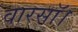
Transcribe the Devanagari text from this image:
वारसॉ।